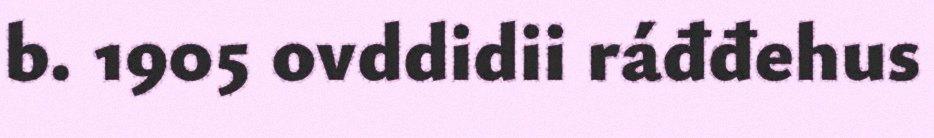
b. 1905 ovddidii ráđđehus